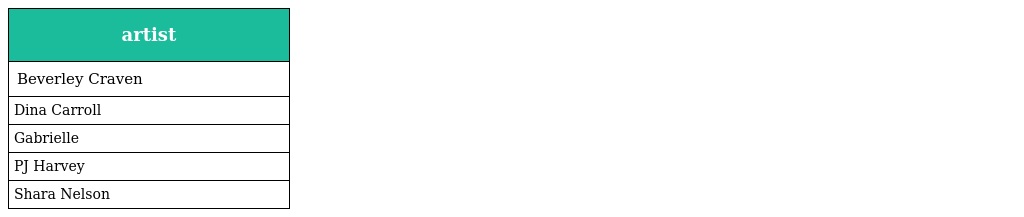
| artist |
 | --- |
 | Beverley Craven |
 | Dina Carroll |
 | Gabrielle |
 | PJ Harvey |
 | Shara Nelson |